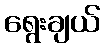
ရွေးချယ်